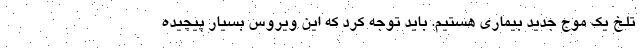
تلخ یک موج جدید بیماری هستیم. باید توجه کرد که این ویروس بسیار پیچیده